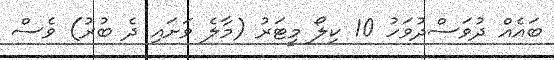
ބައެއް ދުވަސްދުވަހު 10 ކިލޯ މީޓަރު (މާލެ ވަށައި ދެ ބުރު) ވެސް